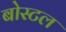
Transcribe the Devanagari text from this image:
बोस्टल